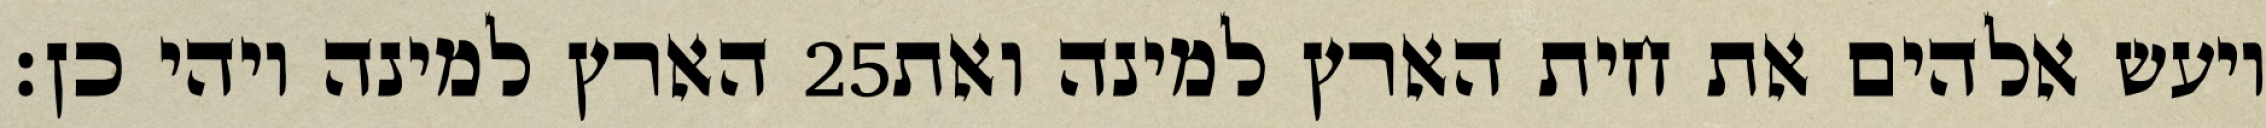
הארץ למינה ויהי כן׃ ‎25‏ ויעש אלהים את חית הארץ למינה ואת